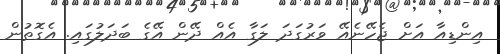
އިންޑިއާ އަށް ޖެހޭނެއޭ ވަރުގަދަ ލަގާ އެއް ދޭން އޭގެ ބަދަލުގައި. އެގޮތުން